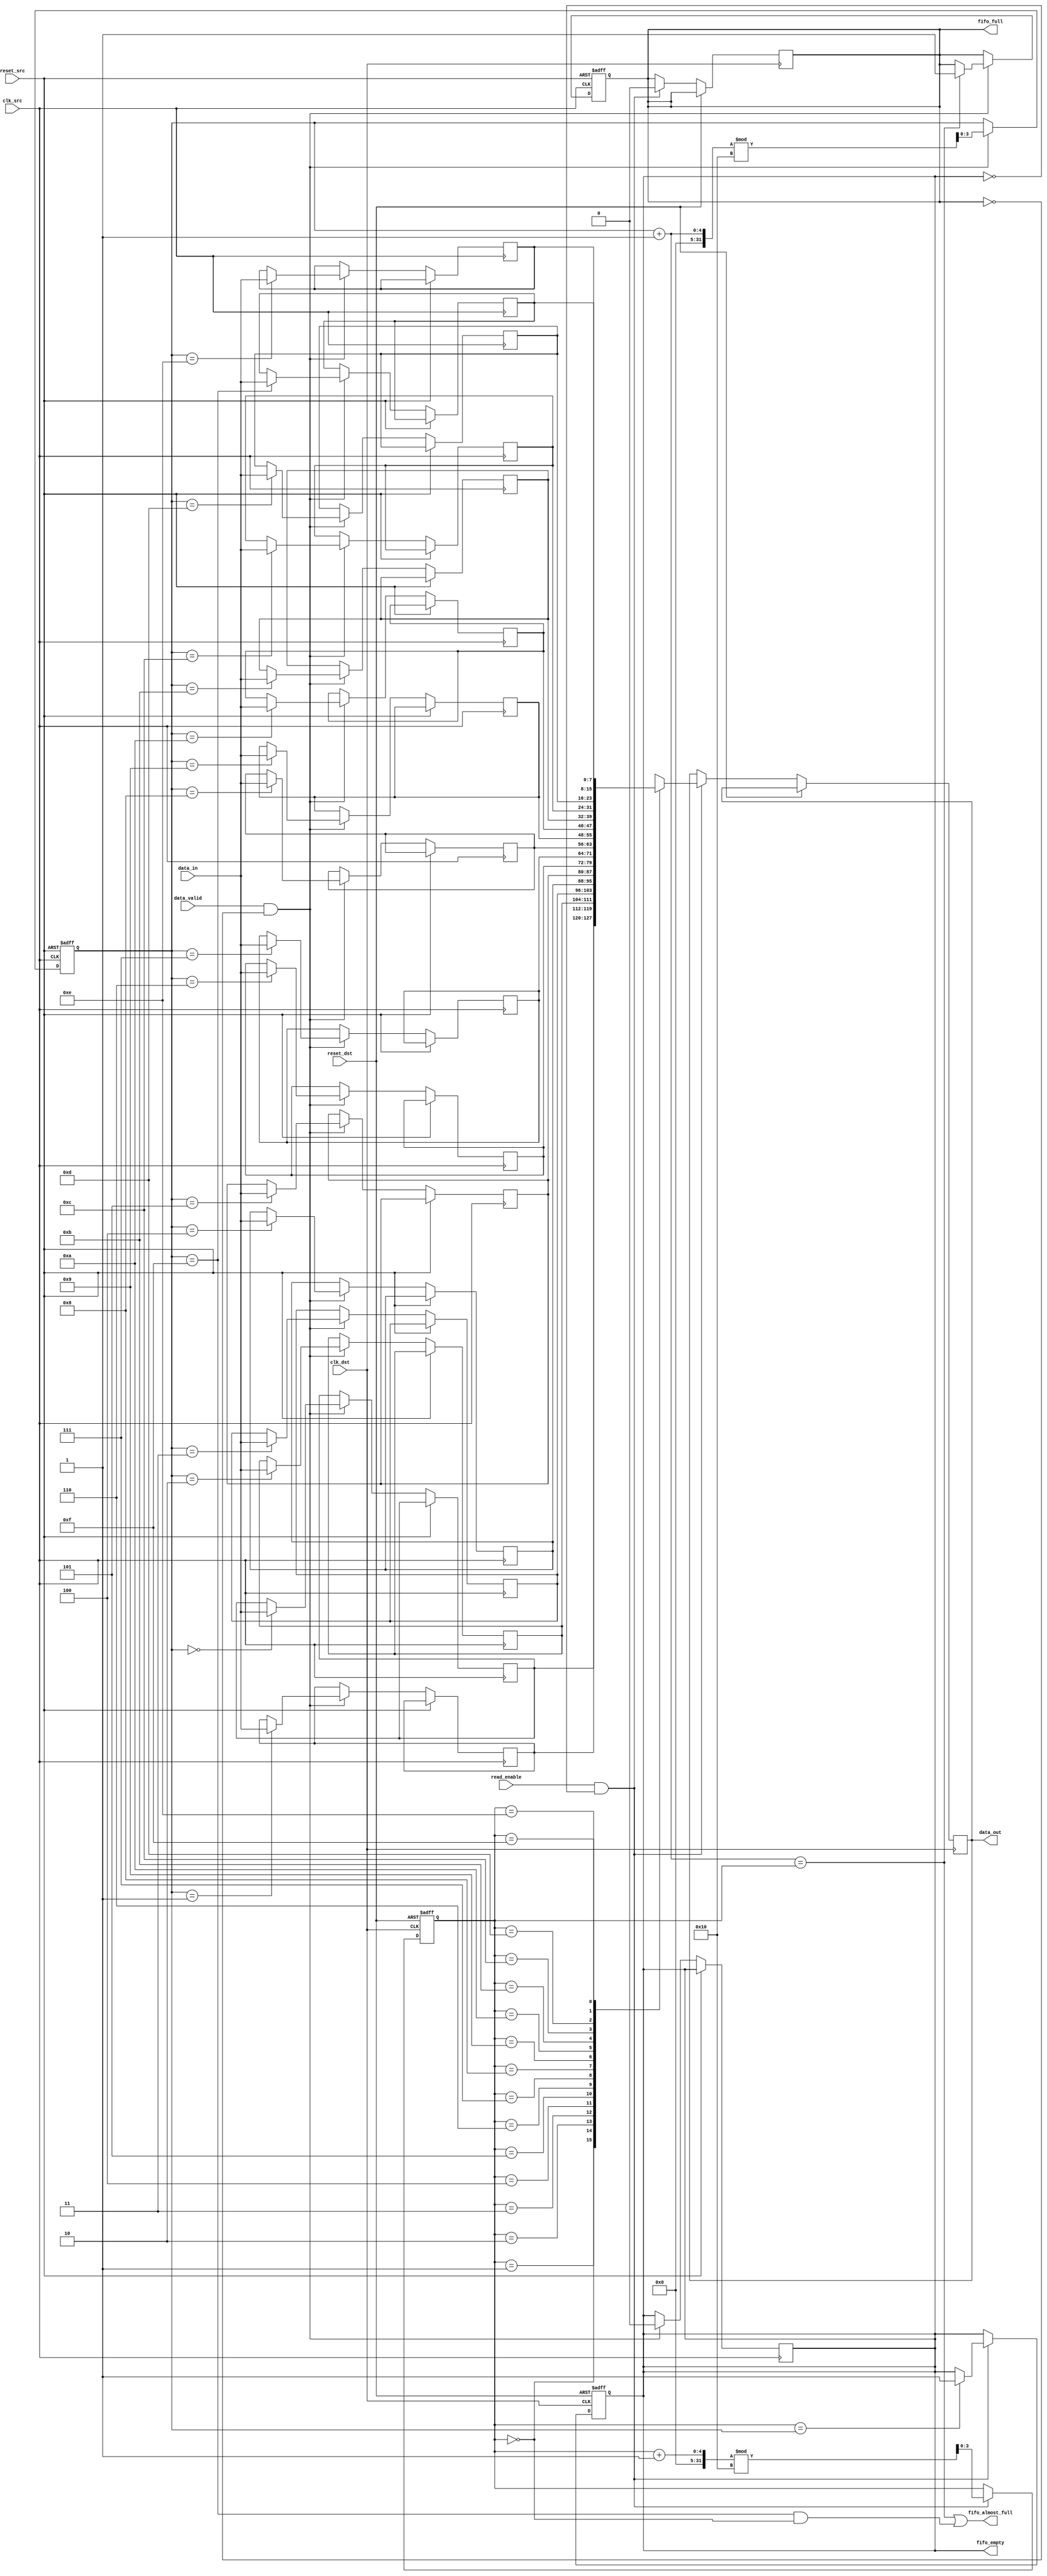
module fifo_synchronizer #(
    parameter DATA_WIDTH = 8,       // Width of the data bus
    parameter FIFO_DEPTH = 16        // Depth of the FIFO
)(
    input  wire              clk_src,     // Clock for the source (writing) domain
    input  wire              reset_src,   // Reset for the source domain
    input  wire              data_valid,   // Valid data signal for writing
    input  wire [DATA_WIDTH-1:0] data_in, // Data input
    output wire              fifo_full,    // FIFO full status
    output wire              fifo_almost_full, // FIFO almost full status
    output wire              fifo_empty,   // FIFO empty status

    input  wire              clk_dst,     // Clock for the destination (reading) domain
    input  wire              reset_dst,   // Reset for the destination domain
    input  wire              read_enable,  // Read enable signal
    output reg [DATA_WIDTH-1:0] data_out  // Data output
);

// FIFO Memory Block
reg [DATA_WIDTH-1:0] fifo_mem [0:FIFO_DEPTH-1];

// Pointers
reg [3:0] wp; // Write pointer
reg [3:0] rp; // Read pointer

// Status Flags
reg full_flag;
reg empty_flag;

// FIFO Write Operation
always @(posedge clk_src or posedge reset_src) begin
    if (reset_src) begin
        wp <= 0;
        full_flag <= 0;
    end
    else if (data_valid && !full_flag) begin
        fifo_mem[wp] <= data_in;
        wp <= (wp + 1) % FIFO_DEPTH; // Increment and wrap around
        if (wp + 1 == rp) // Check if we are full
            full_flag <= 1;
        empty_flag <= 0; // FIFO can't be empty after a write
    end
end

// FIFO Read Operation
always @(posedge clk_dst or posedge reset_dst) begin
    if (reset_dst) begin
        rp <= 0;
        empty_flag <= 1;
    end
    else if (read_enable && !empty_flag) begin
        data_out <= fifo_mem[rp];
        rp <= (rp + 1) % FIFO_DEPTH; // Increment and wrap around
        if (rp == wp) // Check if we are empty
            empty_flag <= 1;
        full_flag <= 0; // FIFO can't be full after a read
    end
end

// Generating status flags
assign fifo_full = full_flag;
assign fifo_empty = empty_flag;
assign fifo_almost_full = (wp + 1 == rp) || (wp == FIFO_DEPTH - 1 && rp == 0);

endmodule